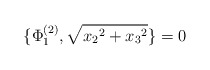
\begin{align*}\{ \Phi_1^{(2)} , \sqrt{{x_2}^2 + {x_3}^2} \} = 0\end{align*}